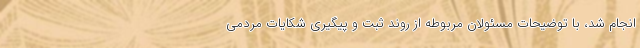
انجام شد، با توضیحات مسئولان مربوطه از روند ثبت و پیگیری شکایات مردمی